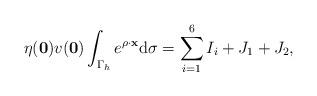
LaTeX: \begin{align*}\eta(\mathbf 0)v(\mathbf 0)\int_{\Gamma_h}e^{\rho \cdot \mathbf x}\mathrm d \sigma=\sum_{i=1}^6 I_i+J_1+J_2,\end{align*}